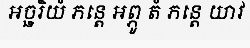
អច្ឆរិយំ ភន្តេ អព្ភូ តំ ភន្តេ យាវ